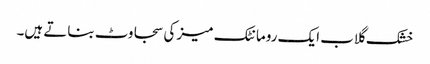
خشک گلاب ایک رومانٹک میز کی سجاوٹ بناتے ہیں۔